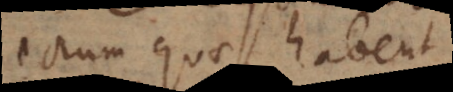
eorum quae habent